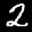
Label: 2